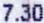
7.30